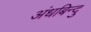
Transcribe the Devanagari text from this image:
अंधबिन्दु